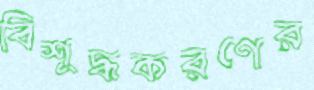
বিশুদ্ধকরণের